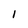
Character: 1